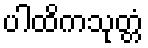
ပါထိကသုတ္တံ